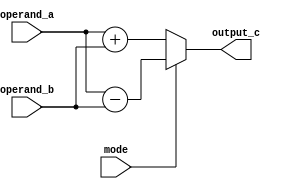
//-------------------------------------------------------
//  Functionality: An n-bit signed adder and subtractor 
//-------------------------------------------------------
`define ADD_SUB_DATA_WIDTH 64


module add_sub_signed(
    input wire mode, // mode 0 (add) mode 1 (sub)
    input wire signed [`ADD_SUB_DATA_WIDTH - 1:0] operand_a,
    input wire signed [`ADD_SUB_DATA_WIDTH - 1:0] operand_b,
    output wire signed [`ADD_SUB_DATA_WIDTH   :0] output_c
);
   
    assign output_c = (mode)? operand_a-operand_b:operand_a+operand_b;

endmodule